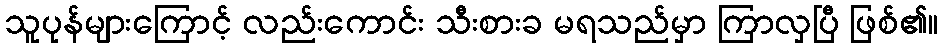
သူပုန်များကြောင့် လည်းကောင်း သီးစားခ မရသည်မှာ ကြာလှပြီ ဖြစ်၏။